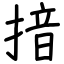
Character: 揞